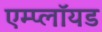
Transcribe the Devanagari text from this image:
एम्प्लॉयड